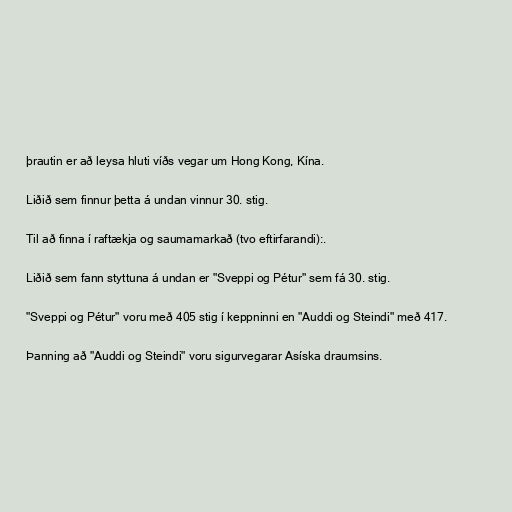
þrautin er að leysa hluti víðs vegar um Hong Kong, Kína.

Liðið sem finnur þetta á undan vinnur 30. stig.

Til að finna í raftækja og saumamarkað (tvo eftirfarandi):.

Liðið sem fann styttuna á undan er "Sveppi og Pétur" sem fá 30. stig.

"Sveppi og Pétur" voru með 405 stig í keppninni en "Auddi og Steindi" með 417.

Þanning að "Auddi og Steindi" voru sigurvegarar Asíska draumsins.